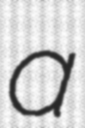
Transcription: a